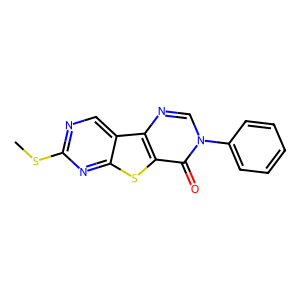
SMILES: CSc1ncc2c(n1)sc1c(=O)n(-c3ccccc3)cnc12
Inhibits HIV replication: No